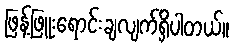
ဖြန့်ဖြူးရောင်းချလျက်ရှိပါတယ်။